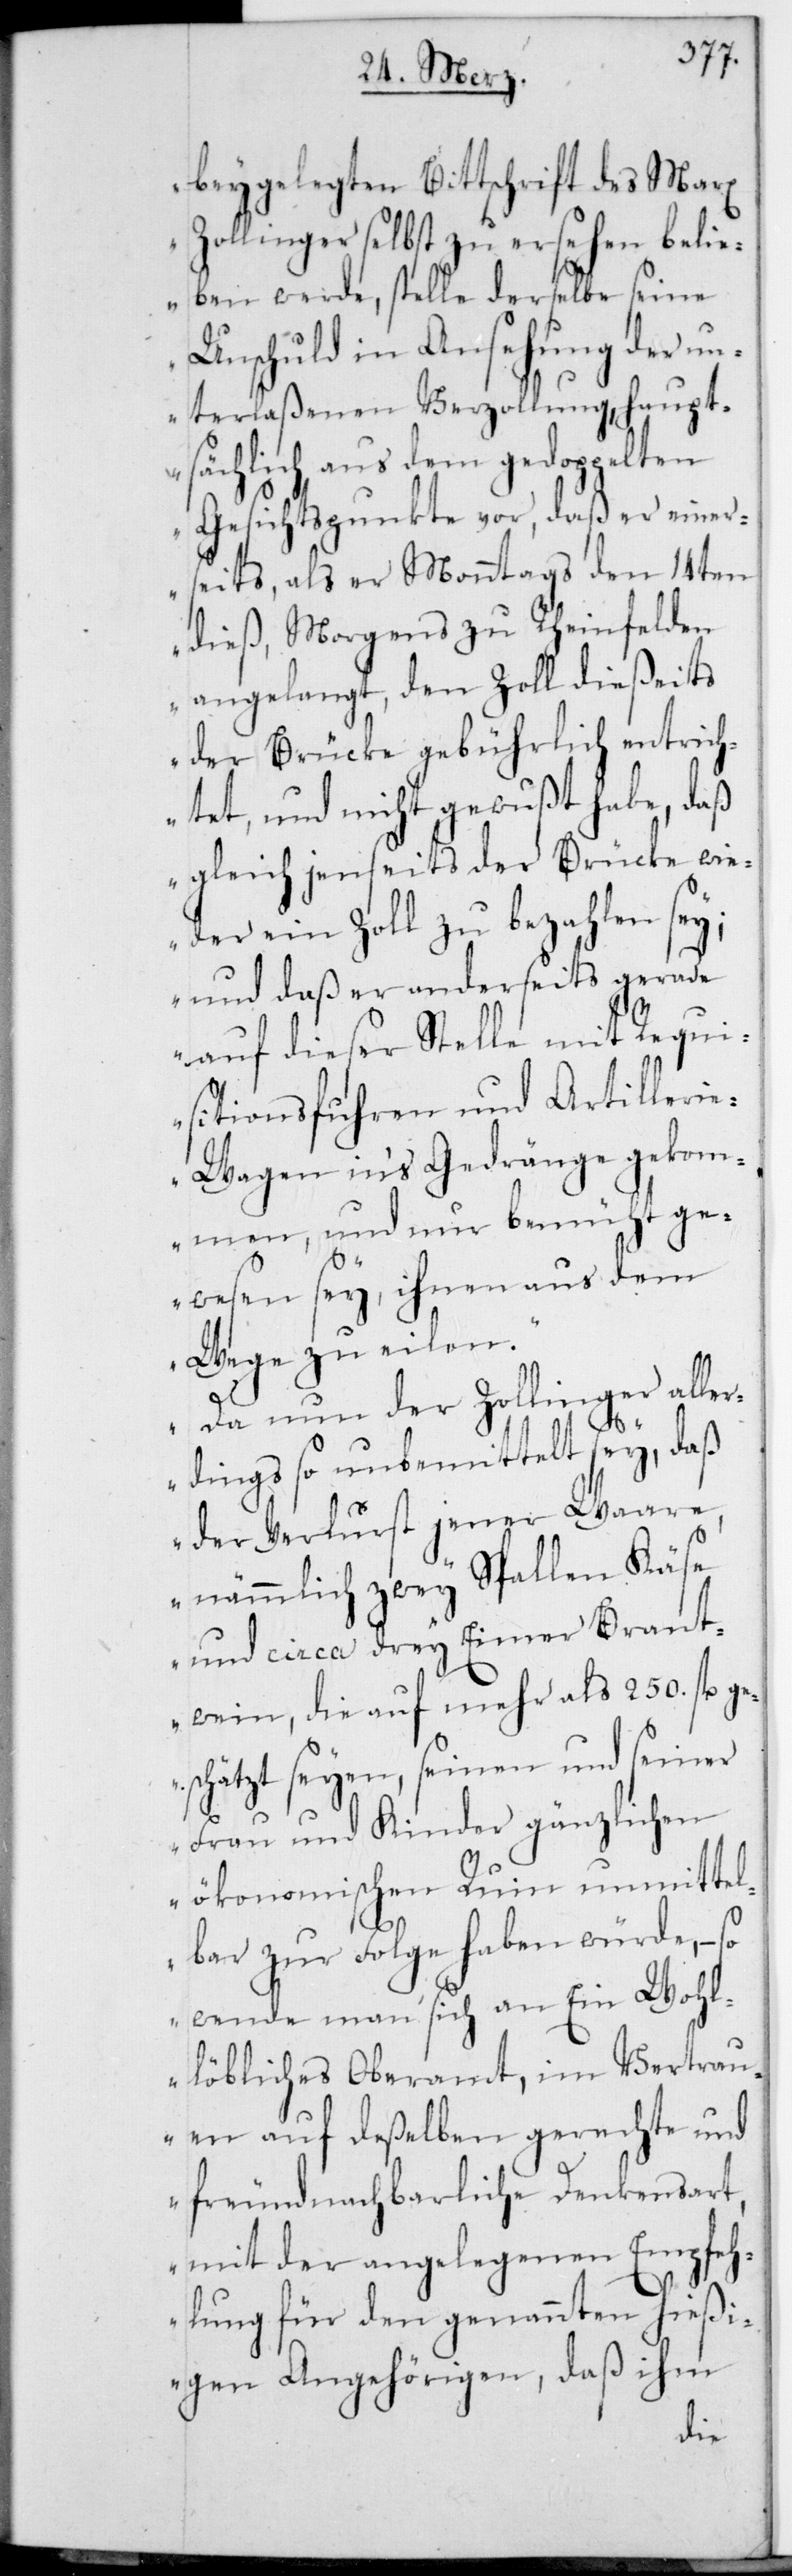
beygelegten Bittschrift des Marx
Zollinger selbst zu ersehen belie¬
ben werde, stelle derselbe seine
Unschuld in Ansehung der un¬
terlaßenen Verzollung, haupt¬
sächlich aus dem gedoppelten
Gesichtspunkte vor, daß er einer¬
seits, als er Montags den 14ten
dieß, Morgens zu Rheinfelden
angelangt, den Zoll dießeits
der Brücke gebührlich entrich¬
tet, und nicht gewußt habe, daß
gleich jenseits der Brücke wie¬
der ein Zoll zu bezahlen sei;
und daß er anderseits gerade
auf dieser Stelle mit Requi¬
sitionsfuhren und Artillerie¬
wagen ins Gedränge gekom¬
men, und nur bemüht ge¬
wesen sey, ihnen aus dem
Wege zu eilen.
Da nun der Zollinger alle¬
rdings so unbemittelt sey, daß
der Verlust jener Ware,
nämmlich zwey Spallen Käse
und circa drey Eimer Brannt¬
wein, die auf mehr als 250. fl. ge¬
schätzt seyen, seinen und seiner
Frau und Kinder gänzlichen
ökonomischen Ruin unmitte¬
lbar zur Folge haben würde, – so
wende man sich an ein wohl¬
löbliches Oberamt, im Vertrau¬
en auf deßelben gerechte und
freundnachbarliche Denkensart,
mit der angelegenen Empfeh¬
lung für den genannten hießi¬
gen Angehörigen, daß ihm